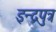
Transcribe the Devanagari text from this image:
इन्द्रपुत्र